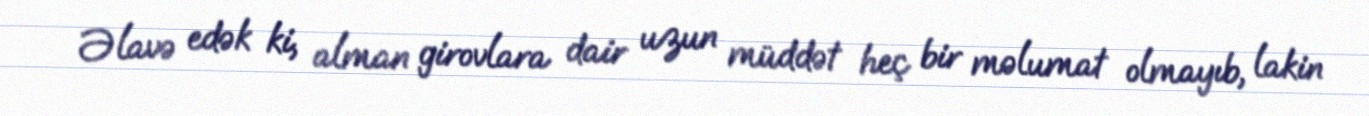
Əlavə edək ki, alman girovlara dair uzun müddət heç bir məlumat olmayıb, lakin